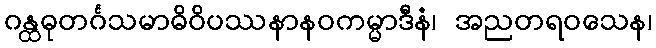
ဂန္ထဓုတင်္ဂသမာဓိဝိပဿနာနဝကမ္မာဒီနံ၊ အညတရဝသေန၊